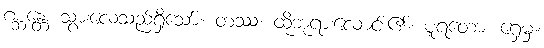
ဂစ္ဆန္တေ၊ သွားလေသည်ရှိသော်။ တဿ၊ ထိုဘုရားလောင်း၏။ ပူရတော၊ ရှေ့မှ။